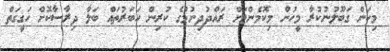
މިކަން ގަބޫލުނުކުރާ މީހުން މިކޮމެންޓަށް ރައްދުދިނުުމުގެ ކުރިން ހަބަރުތައް ބަލާ ދިރާސާކޮށް ހަގީގަތް